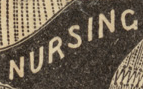
NURSING